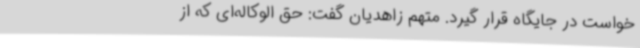
خواست در جایگاه قرار گیرد. متهم زاهدیان گفت: حق الوکاله‌ای که از